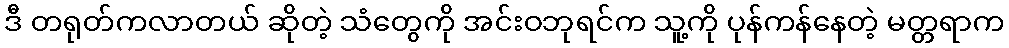
ဒီ တရုတ်ကလာတယ် ဆိုတဲ့ သံတွေကို အင်းဝဘုရင်က သူ့ကို ပုန်ကန်နေတဲ့ မတ္တရာက